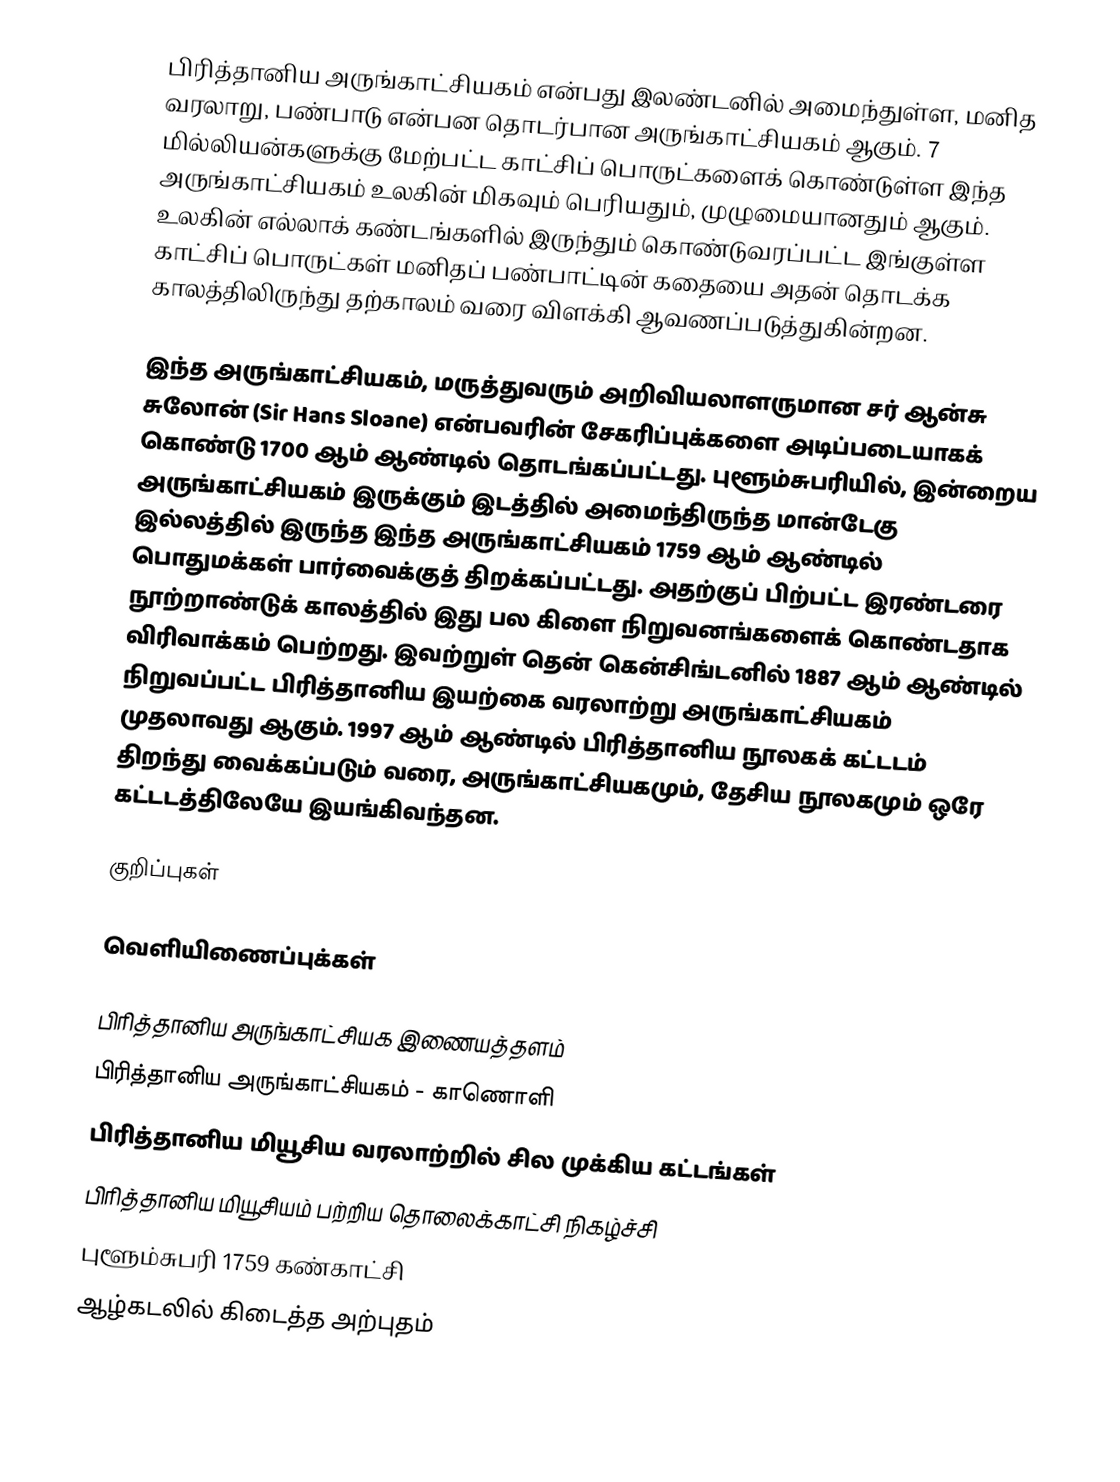
பிரித்தானிய அருங்காட்சியகம் என்பது இலண்டனில் அமைந்துள்ள, மனித வரலாறு, பண்பாடு என்பன தொடர்பான அருங்காட்சியகம் ஆகும். 7 மில்லியன்களுக்கு மேற்பட்ட காட்சிப் பொருட்களைக் கொண்டுள்ள இந்த அருங்காட்சியகம் உலகின் மிகவும் பெரியதும், முழுமையானதும் ஆகும். உலகின் எல்லாக் கண்டங்களில் இருந்தும் கொண்டுவரப்பட்ட இங்குள்ள காட்சிப் பொருட்கள் மனிதப் பண்பாட்டின் கதையை அதன் தொடக்க காலத்திலிருந்து தற்காலம் வரை விளக்கி ஆவணப்படுத்துகின்றன.

இந்த அருங்காட்சியகம், மருத்துவரும் அறிவியலாளருமான சர் ஆன்சு சுலோன் (Sir Hans Sloane) என்பவரின் சேகரிப்புக்களை அடிப்படையாகக் கொண்டு 1700 ஆம் ஆண்டில் தொடங்கப்பட்டது. புளூம்சுபரியில், இன்றைய அருங்காட்சியகம் இருக்கும் இடத்தில் அமைந்திருந்த மான்டேகு இல்லத்தில் இருந்த இந்த அருங்காட்சியகம் 1759 ஆம் ஆண்டில் பொதுமக்கள் பார்வைக்குத் திறக்கப்பட்டது. அதற்குப் பிற்பட்ட இரண்டரை நூற்றாண்டுக் காலத்தில் இது பல கிளை நிறுவனங்களைக் கொண்டதாக விரிவாக்கம் பெற்றது. இவற்றுள் தென் கென்சிங்டனில் 1887 ஆம் ஆண்டில் நிறுவப்பட்ட பிரித்தானிய இயற்கை வரலாற்று அருங்காட்சியகம் முதலாவது ஆகும். 1997 ஆம் ஆண்டில் பிரித்தானிய நூலகக் கட்டடம் திறந்து வைக்கப்படும் வரை, அருங்காட்சியகமும், தேசிய நூலகமும் ஒரே கட்டடத்திலேயே இயங்கிவந்தன.

குறிப்புகள்

வெளியிணைப்புக்கள்

 பிரித்தானிய அருங்காட்சியக இணையத்தளம்
  பிரித்தானிய அருங்காட்சியகம் - காணொளி
 பிரித்தானிய மியூசிய வரலாற்றில் சில முக்கிய கட்டங்கள்
 பிரித்தானிய மியூசியம் பற்றிய தொலைக்காட்சி நிகழ்ச்சி
 புளூம்சுபரி 1759 கண்காட்சி
 ஆழ்கடலில் கிடைத்த அற்புதம்